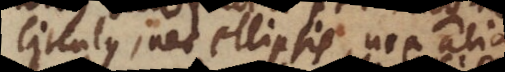
circulus, nec ellipsis, nec alia